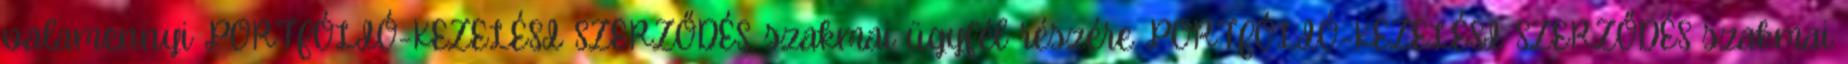
valamennyi PORTFÓLIÓ-KEZELÉSI SZERZŐDÉS. szakmai ügyfél részére PORTFÓLIÓ-KEZELÉSI SZERZŐDÉS szakmai